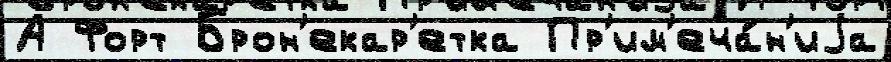
А Форт Брон'екар'етка Пр'им'еча́н'иjа